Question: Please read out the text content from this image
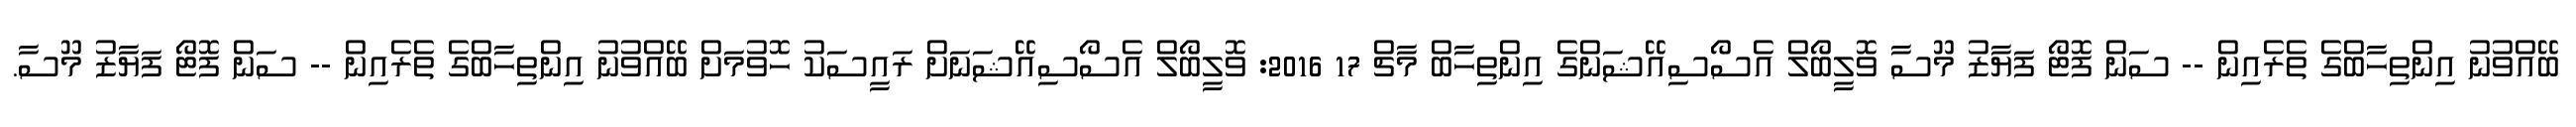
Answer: ބޭއްވުނު އިންތިހާބްގެ ތެރެއިން -- ސަން ފޮޓޯ ފަޔާޒު މޫސާ ވޮލީބޯލް އެސޯސިއޭޝަންގެ އިންތިހާބް މާޗް 17 2016: ވޮލީބޯލް އެސޯސިއޭޝަނަށް ރައީސަކު ހޮވުމަށް ބޭއްވުނު އިންތިހާބްގެ ތެރެއިން -- ސަން ފޮޓޯ ފަޔާޒު މޫސާ.